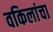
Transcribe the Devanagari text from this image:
वकिलांचा